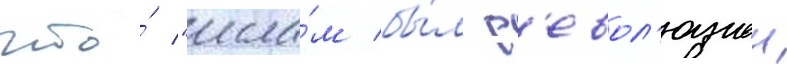
что́ "исла́м бы́л р'евол'юциеи